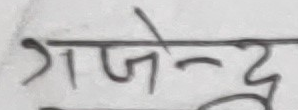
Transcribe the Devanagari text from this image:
गजेन्द्र